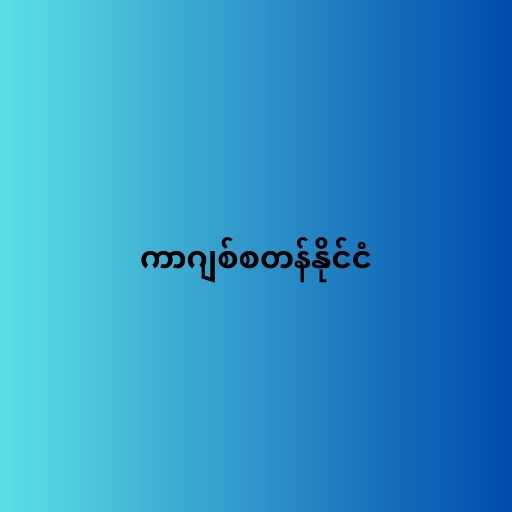
ကာဂျစ်စတန်နိုင်ငံ